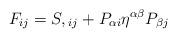
LaTeX: \begin{align*}F_{ij} = S,{}_{ij} + P_{\alpha i}\eta^{\alpha \beta}P_{\beta j}\end{align*}